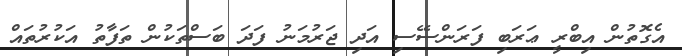
އެގޮތުން އިބްރީ ޢަރަބި ފަރަންސޭސި އަދި ޖަރުމަނު ފަދަ ބަސްތަކުން ތަފާތު އަކުރުތައް